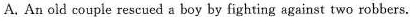
A. An old couple rescued a boy by fighting against two robbers.